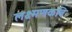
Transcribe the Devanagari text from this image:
लक्ष्मणकवि